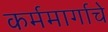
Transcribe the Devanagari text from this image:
कर्ममार्गाचे